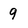
Character: 9